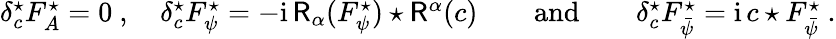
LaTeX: \begin{array}{r}{\delta_{c}^{\star}F_{A}^{\star}=0\ ,\quad\delta_{c}^{\star}F_{\psi}^{\star}=-{\mathrm{i}}\, \mathsf{R}_{\alpha}(F_{\psi}^{\star})\star\mathsf{R}^{\alpha}(c)\qquad\mathrm{and}\qquad\delta_{c}^{\star}F_{\bar{\psi}}^{\star}={\mathrm{i}}\, c\star F_{\bar{\psi}}^{\star}\ .}\end{array}